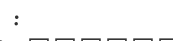
: